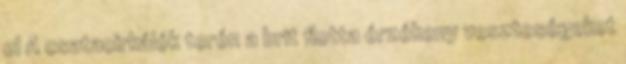
el A csatacirkálók terén a brit flotta érzékeny veszteségeket